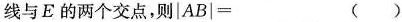
线与E的两个交点，则$$| A B | =$$ ( )